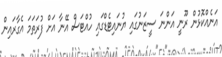
އަނެއްކޮޅުން ރޫނީ އަންނަ ސީޒަނުގައި ޔުނައިޓެޑްގައި ހުއްޓަސް އޭނާ އަށް ފުރަތަމަ އެގާރައިން